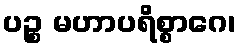
ပဉ္စ မဟာပရိစ္စာဂေ၊